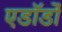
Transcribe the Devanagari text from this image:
एडॉर्डो